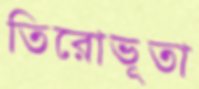
তিরোভূতা